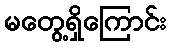
မတွေ့ရှိကြောင်း